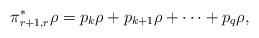
LaTeX: \begin{gather*}\pi_{r+1,r}^*\rho = p_k\rho + p_{k+1}\rho + \dots + p_q \rho,\end{gather*}